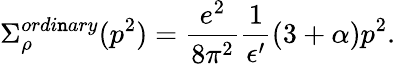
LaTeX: \Sigma_{\rho}^{ordi\mathtt{n}ary}(p^{2})={\frac{{e^{2}}}{{8\pi^{2}}}}{\frac{{1}}{{\epsilon^{\prime}}}}(3+\alpha)p^{2}.